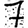
Digit: 7